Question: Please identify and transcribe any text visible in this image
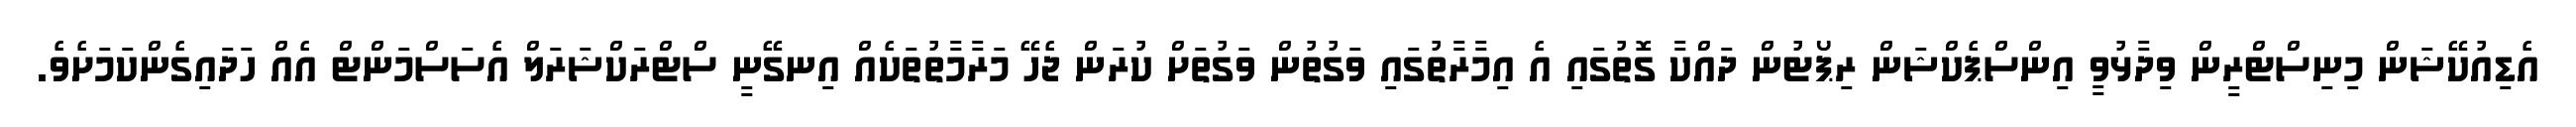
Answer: އެޑިއުކޭޝަން މިނިސްޓްރީން ވިދާޅުވީ އިންސްޕެކްޝަން ރިޕޯޓުން ދައްކާ ގޮތުގައި އެ އިމާރާތުގައި ވަގުތުން ވަގުތަށް ކުރަން ޖެހޭ މަރާމާތުތަކެއް އިނގޭނީ ސްޓްރަކްޝަރަލް އެސަސްމަންޓް އެއް ހަދައިގެންކަމަށެވެ.